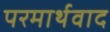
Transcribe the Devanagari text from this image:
परमार्थवाद